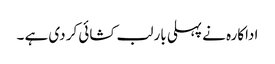
اداکارہ نے پہلی بار لب کشائی کر دی ہے ۔